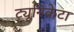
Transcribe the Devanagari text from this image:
ट्यूनिकेटा